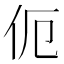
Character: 伌